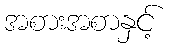
အစားအစာနှင့်